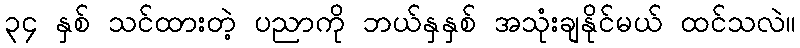
၃၄ နှစ် သင်ထားတဲ့ ပညာကို ဘယ်နှနှစ် အသုံးချနိုင်မယ် ထင်သလဲ။